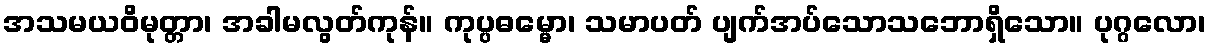
အသမယဝိမုတ္တာ၊ အခါမလွတ်ကုန်။ ကုပ္ပဓမ္မော၊ သမာပတ် ပျက်အပ်သောသဘောရှိသော။ ပုဂ္ဂလော၊